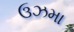
ઉઝમા